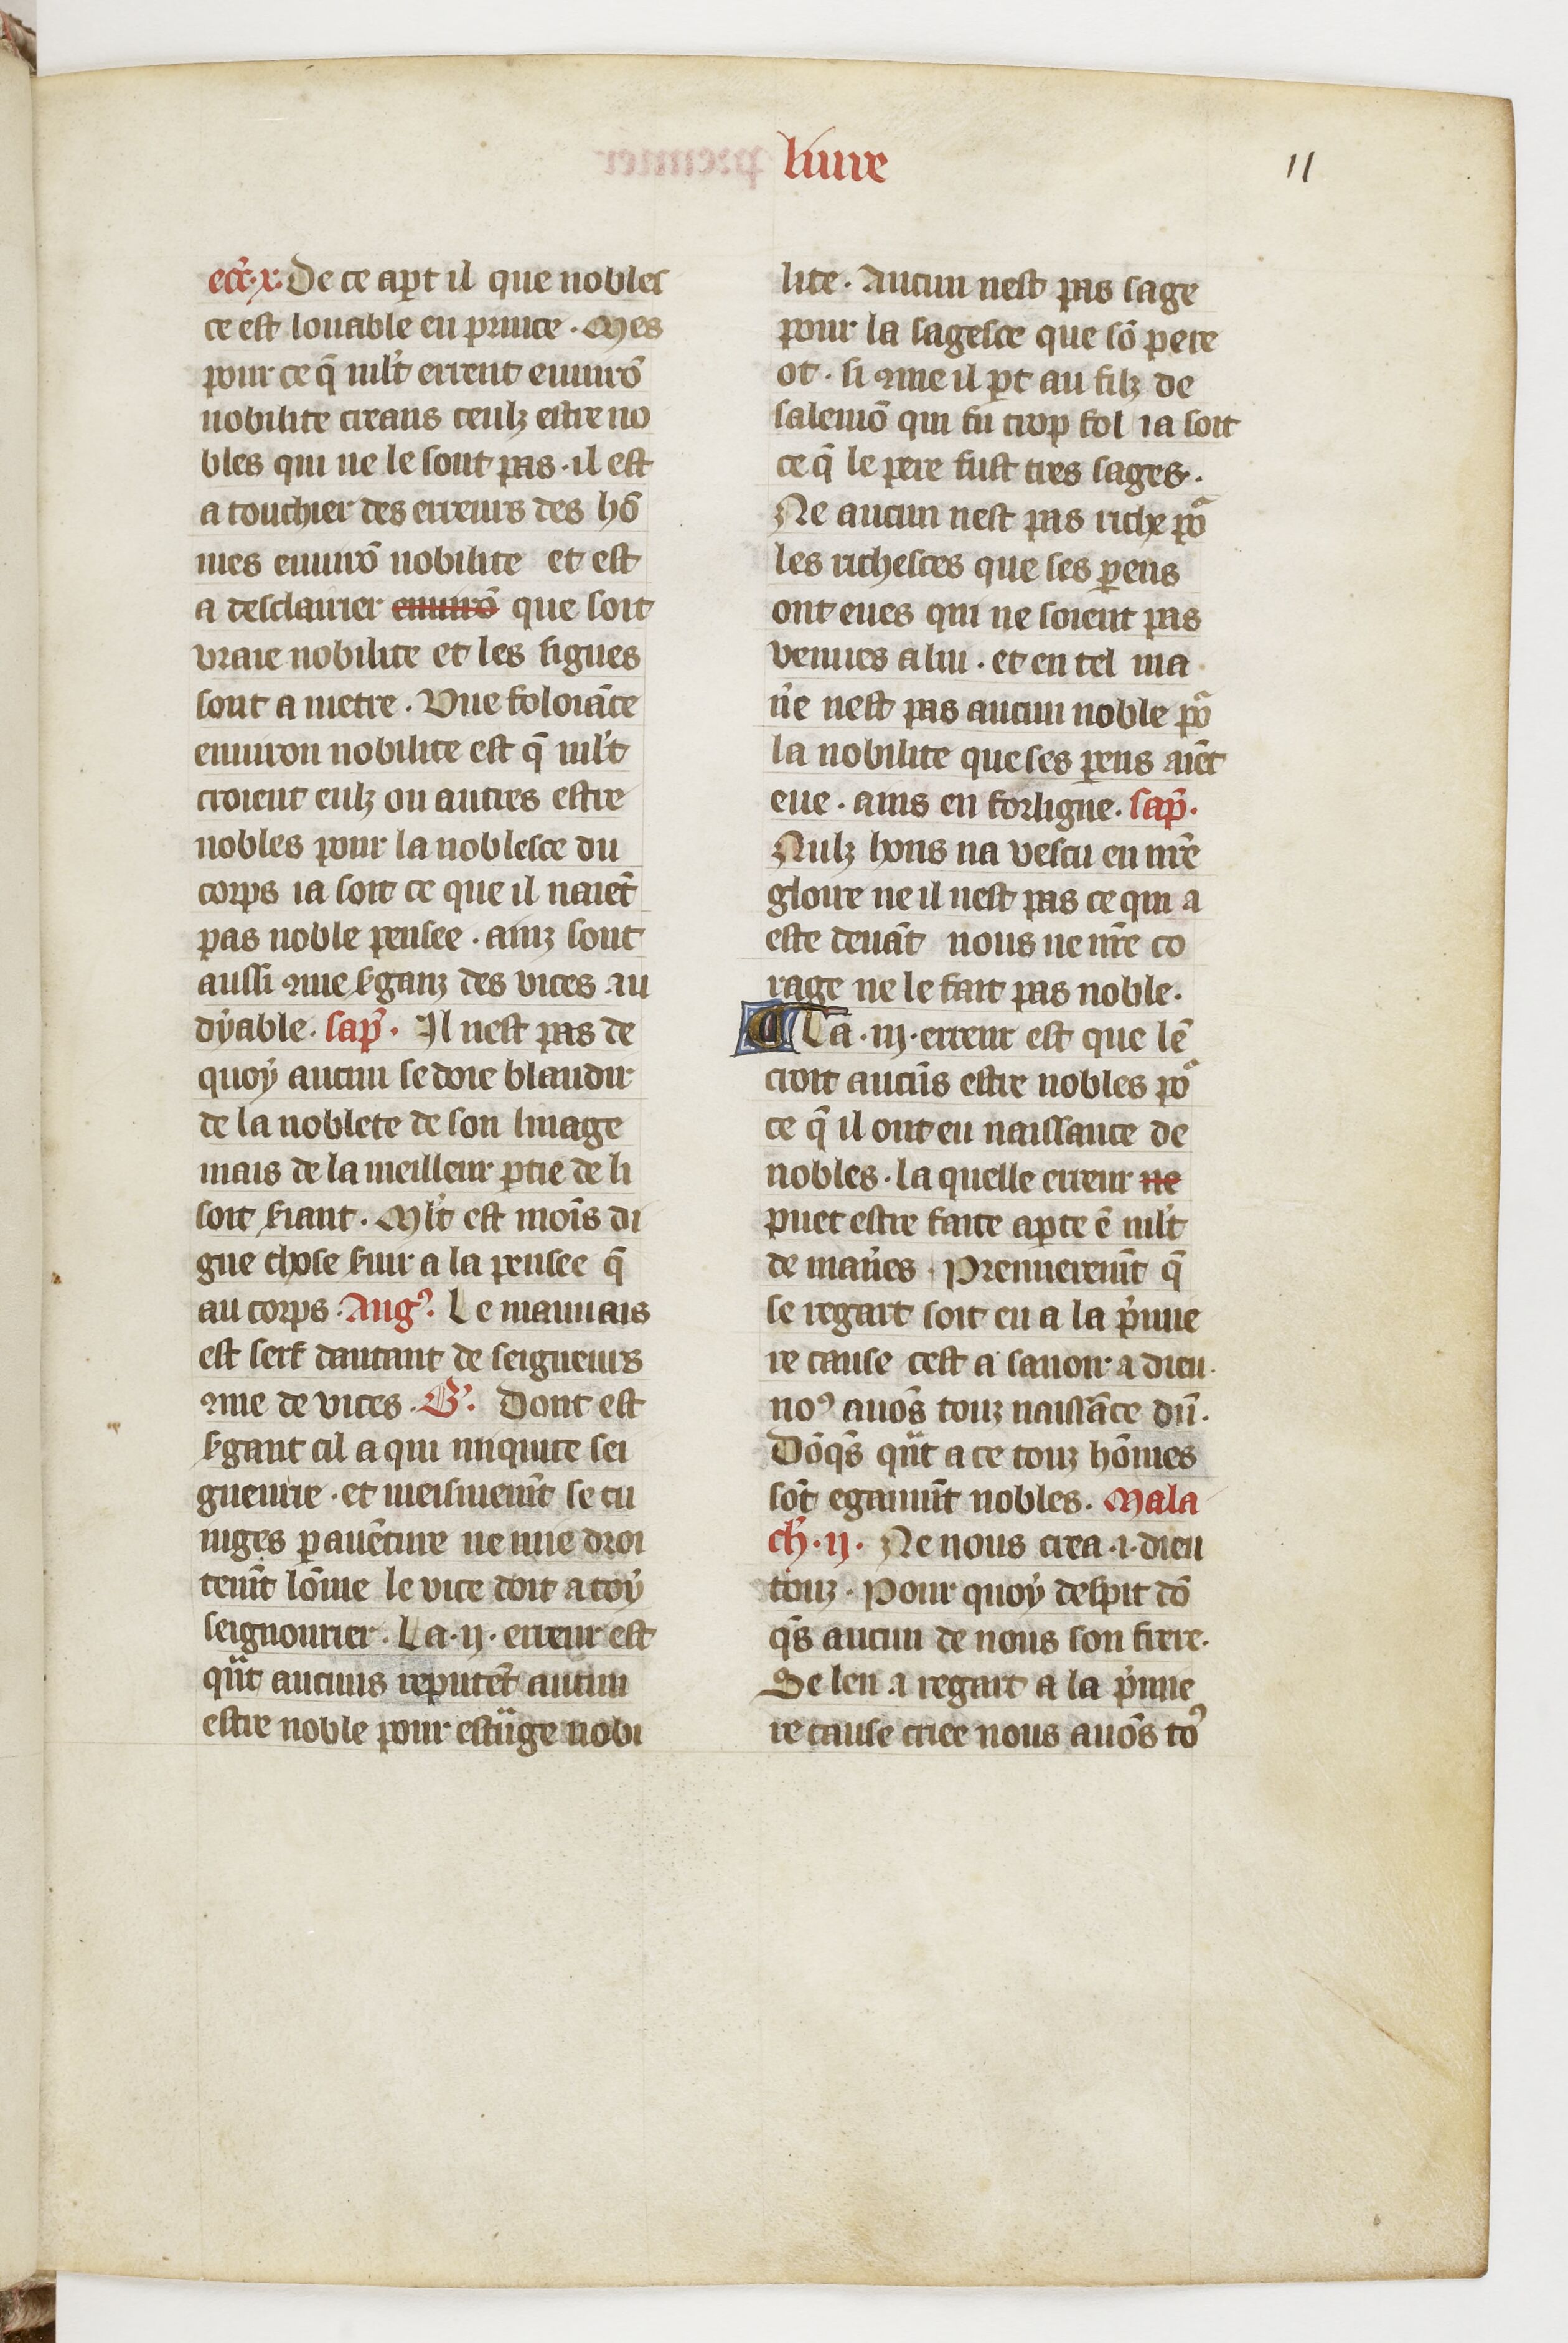
Shelfmark: Paris, BnF, fr. 1728
Century: 14